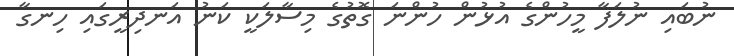
ނުބައި ނުލަފާ މީހުންގެ އުޅުން ހުންނަ ގޮތުގެ މިސާލަކީ ކަނު އަނދިރީގައި ހިނގާ